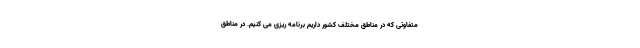
متفاوتی که در مناطق مختلف کشور داریم برنامه ریزی می کنیم. در مناطق